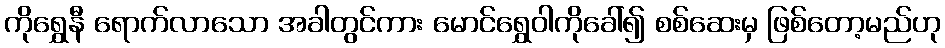
ကိုရွှေနီ ရောက်လာသော အခါတွင်ကား မောင်ရွှေဝါကိုခေါ်၍ စစ်ဆေးမှ ဖြစ်တော့မည်ဟု